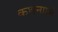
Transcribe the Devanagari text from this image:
कथनाशी